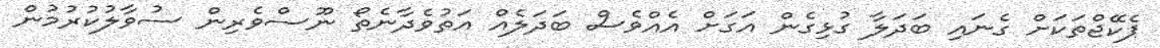
ޕެކޭޖްތަކަށް ގެނައި ބަދަލާ ގުޅިގެން އަގަށް އެއްވެސް ބަދަލެއް އަތުވެދާނެތޯ ނޫސްވެރިން ސުވާލުކުރުމުން